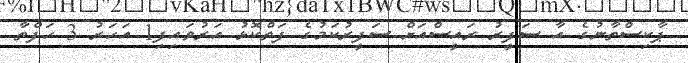
ޕާކިސްތާނުގެ އާ ސަފީރު ރައީސްއަށް ސަފީރުކަމުގެ ފަތްކޮޅު އަރުވައިފި1 އަހަރު 3 ހަފްތާ